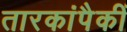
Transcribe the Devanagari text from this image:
तारकांपैकीं